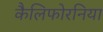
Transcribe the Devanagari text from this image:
कैलिफोरनिया